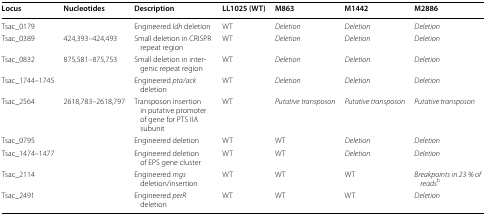
<table><thead><tr><td><b>Locus</b></td><td><b>Nucleotides</b></td><td><b>Description</b></td><td><b>LL1025 (WT)</b></td><td><b>M863</b></td><td><b>M1442</b></td><td><b>M2886</b></td></tr></thead><tbody><tr><td>Tsac_0179</td><td></td><td>Engineered <i>ldh</i> deletion</td><td>WT</td><td><i>Deletion</i></td><td><i>Deletion</i></td><td><i>Deletion</i></td></tr><tr><td>Tsac_0389</td><td>424,393–424,493</td><td>Small deletion in CRISPR repeat region</td><td>WT</td><td><i>Deletion</i></td><td><i>Deletion</i></td><td><i>Deletion</i></td></tr><tr><td>Tsac_0832</td><td>875,581–875,753</td><td>Small deletion in intergenic repeat region</td><td>WT</td><td><i>Deletion</i></td><td><i>Deletion</i></td><td><i>Deletion</i></td></tr><tr><td>Tsac_1744–1745</td><td></td><td>Engineered <i>pta/ack</i> deletion</td><td>WT</td><td><i>Deletion</i></td><td><i>Deletion</i></td><td><i>Deletion</i></td></tr><tr><td>Tsac_2564</td><td>2618,783–2618,797</td><td>Transposon insertion in putative promoter of gene for PTS IIA subunit</td><td>WT</td><td><i>Putative transposon</i></td><td><i>Putative transposon</i></td><td><i>Putative transposon</i></td></tr><tr><td>Tsac_0795</td><td></td><td>Engineered deletion</td><td>WT</td><td>WT</td><td><i>Deletion</i></td><td><i>Deletion</i></td></tr><tr><td>Tsac_1474–1477</td><td></td><td>Engineered deletion of EPS gene cluster</td><td>WT</td><td>WT</td><td><i>Deletion</i></td><td><i>Deletion</i></td></tr><tr><td>Tsac_2114</td><td></td><td>Engineered <i>mgs</i> deletion/insertion</td><td>WT</td><td>WT</td><td>WT</td><td><i>Breakpoints in 23</i> <i>% of reads</i><sup>b</sup></td></tr><tr><td>Tsac_2491</td><td></td><td>Engineered <i>perR</i> deletion</td><td>WT</td><td>WT</td><td>WT</td><td><i>Deletion</i></td></tr></tbody></table>